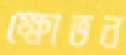
ক্ষোভন